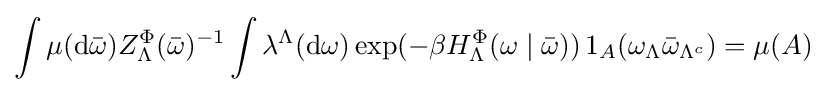
\int \mu (\mathrm {d} {\bar {\omega }})Z_{\Lambda }^{\Phi }({\bar {\omega }})^{-1}\int \lambda ^{\Lambda }(\mathrm {d} \omega )\exp(-\beta H_{\Lambda }^{\Phi }(\omega \mid {\bar {\omega }}))\,1_{A}(\omega _{\Lambda }{\bar {\omega }}_{\Lambda ^{c}})=\mu (A)